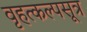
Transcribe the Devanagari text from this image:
वृहत्कल्पसूत्र